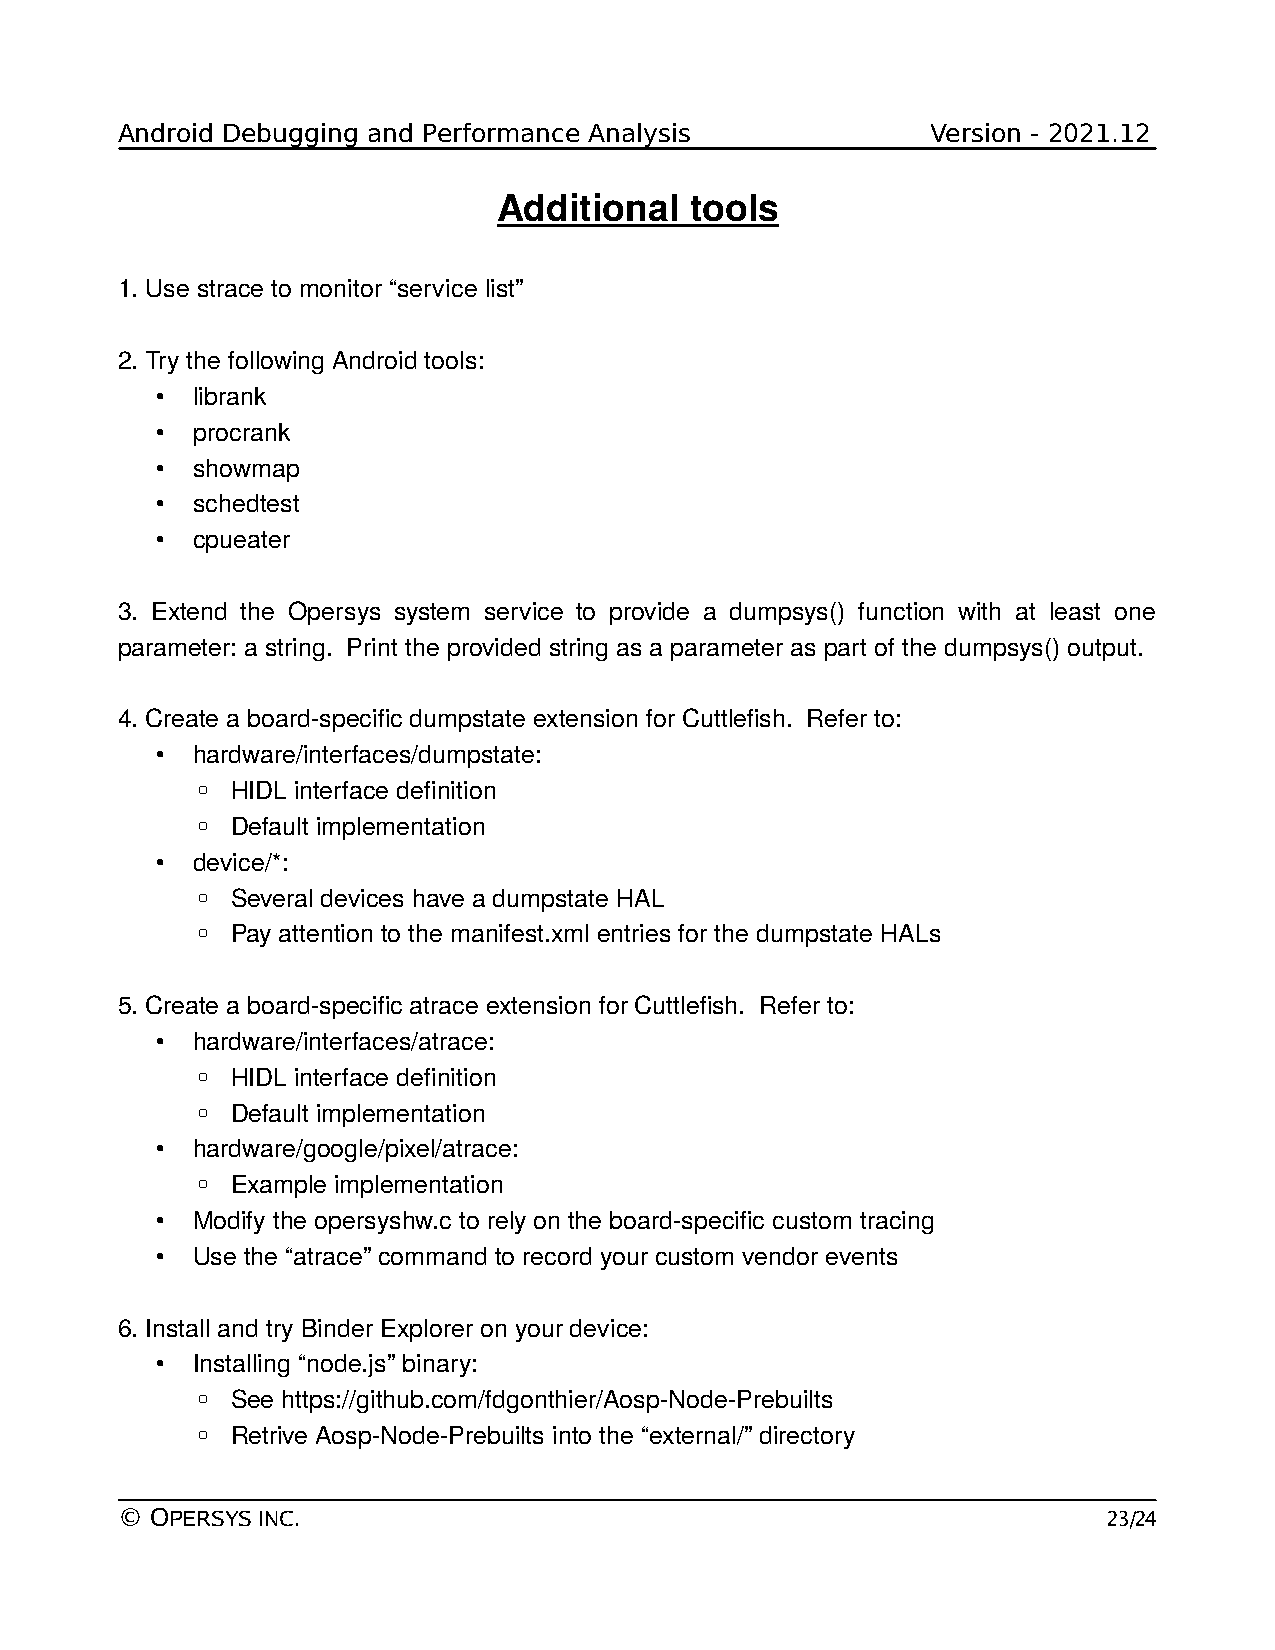
Android Debugging and Performance Analysis            Version - 2021.12
 Additional   tools
 1. Use strace to monitor “service list”
 2. Try the following Android tools:
 •  librank
 •  procrank
 •  showmap
 •  schedtest
 •  cpueater
 3. Extend the Opersys system service to provide a dumpsys() function with at least one
 parameter: a string. Print the provided string as a parameter as part of the dumpsys() output.
 4. Create a board-specific dumpstate extension for Cuttlefish. Refer to:
 •  hardware/interfaces/dumpstate:
 ◦ HIDL interface definition
 ◦ Default implementation
 •  device/*:
 ◦ Several devices have a dumpstate HAL
 ◦ Pay attention to the manifest.xml entries for the dumpstate HALs
 5. Create a board-specific atrace extension for Cuttlefish. Refer to:
 •  hardware/interfaces/atrace:
 ◦ HIDL interface definition
 ◦ Default implementation
 •  hardware/google/pixel/atrace:
 ◦ Example implementation
 •  Modify the opersyshw.c to rely on the board-specific custom tracing
 •  Use the “atrace” command to record your custom vendor events
 6. Install and try Binder Explorer on your device:
 •  Installing “node.js” binary:
 ◦ See https://github.com/fdgonthier/Aosp-Node-Prebuilts
 ◦ Retrive Aosp-Node-Prebuilts into the “external/” directory
 © OPERSYS INC.                                                   23/24